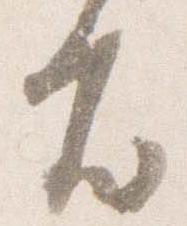
殿